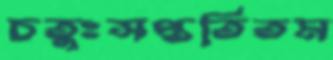
চতুঃসপ্ততিতম